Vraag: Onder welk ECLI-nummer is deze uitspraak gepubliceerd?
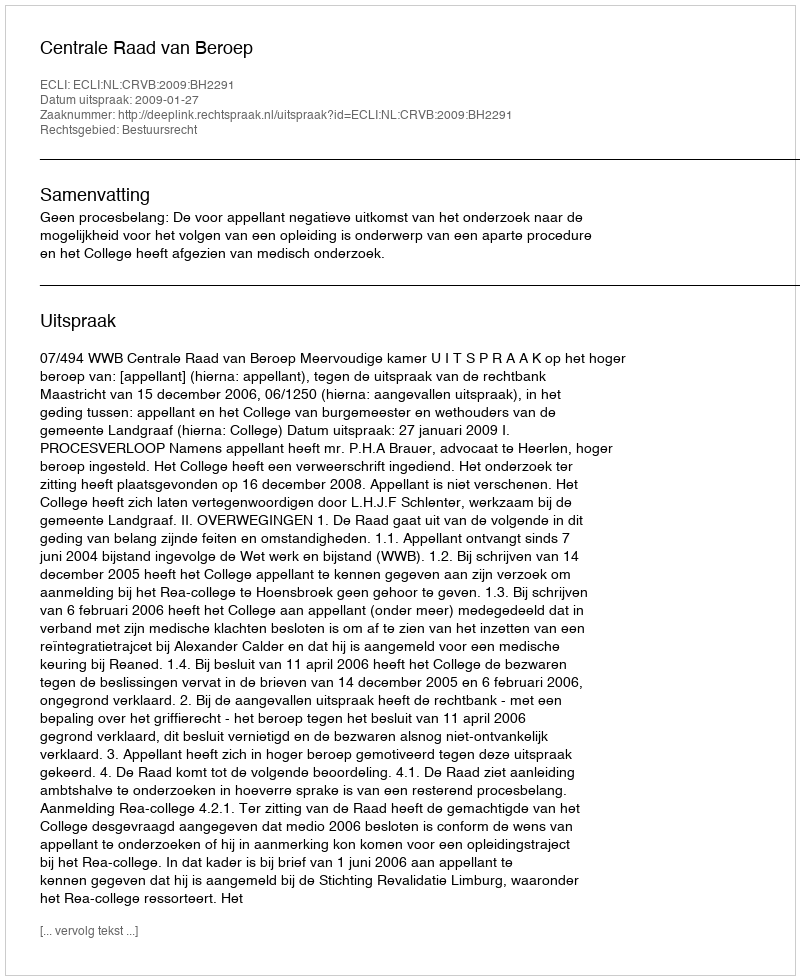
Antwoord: ECLI:NL:CRVB:2009:BH2291